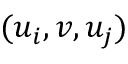
( u _ { i } , v , u _ { j } )